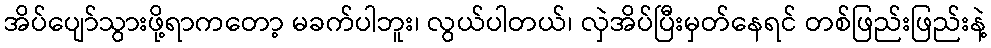
အိပ်ပျော်သွားဖို့ရာကတော့ မခက်ပါဘူး၊ လွယ်ပါတယ်၊ လှဲအိပ်ပြီးမှတ်နေရင် တစ်ဖြည်းဖြည်းနဲ့